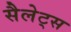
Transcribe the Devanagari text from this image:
सैलेट्स